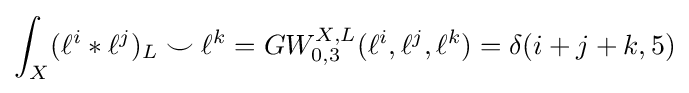
\int _{X}(\ell ^{i}*\ell ^{j})_{L}\smile \ell ^{k}=GW_{0,3}^{X,L}(\ell ^{i},\ell ^{j},\ell ^{k})=\delta (i+j+k,5)